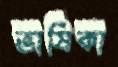
ভাষিকা